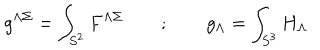
g ^ { \Lambda \Sigma } = \int _ { S ^ { 2 } } F ^ { \Lambda \Sigma } \qquad ; \qquad g _ { \Lambda } = \int _ { S ^ { 3 } } H _ { \Lambda }